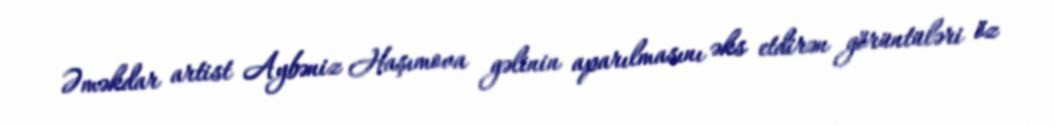
Əməkdar artist Aybəniz Haşımova gəlinin aparılmasını əks etdirən görüntüləri öz